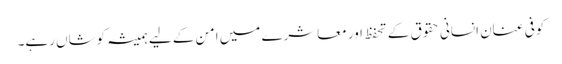
کوفی عنان انسانی حقوق کے تحفظ اور معاشرے میں امن کے لیے ہمیشہ کوشاں رہے۔